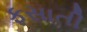
ફસાતી